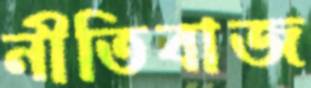
নীতিবাজ